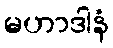
မဟာဒါနံ